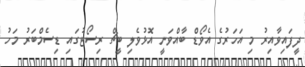
ދީފައިވާއިރު މި އަހަރުގެ އެވޯޑް ބާއްވަނީ އޮޅުވެލި ބީޗް ރިސޯޓުގައި ޑިސެމްބަރު މަހު